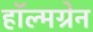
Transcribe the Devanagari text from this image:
हॉल्मग्रेन